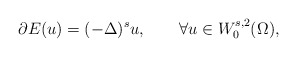
\begin{align*}\partial E(u)=(-\Delta)^s u,\qquad\forall u\in W^{s,2}_0(\Omega),\end{align*}